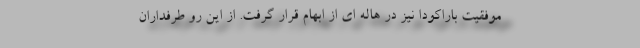
موفقیت باراکودا نیز در هاله ای از ابهام قرار گرفت. از این رو طرفداران